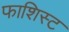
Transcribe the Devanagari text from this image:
फाशिस्ट